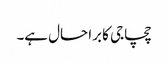
چچاجی کا برا حال ہے۔